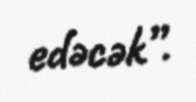
edəcək”.